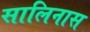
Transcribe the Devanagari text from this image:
सालिनास